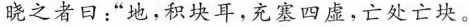
晓之者口：”地，积块耳，充塞四虚，亡处亡块。